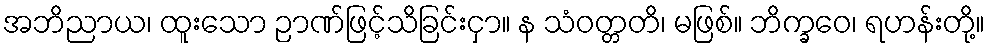
အဘိညာယ၊ ထူးသော ဉာဏ်ဖြင့်သိခြင်းငှာ။ န သံဝတ္တတိ၊ မဖြစ်။ ဘိက္ခဝေ၊ ရဟန်းတို့။